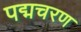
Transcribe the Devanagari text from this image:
पद्मचरण